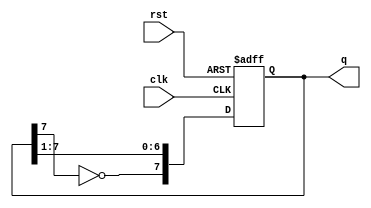
module johnson_counter (
    input wire clk,           // Clock input
    input wire rst,           // Asynchronous reset
    output reg [7:0] q        // 8-bit output representing the counter state
);

    always @(posedge clk or posedge rst) begin
        if (rst) begin
            q <= 8'b00000000;  // Reset the counter to 0
        end else begin
            q <= {~q[7], q[7:1]}; // Shift and invert the last bit to create Johnson counter behavior
        end
    end

endmodule